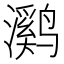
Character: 㶉